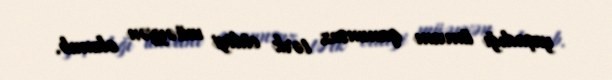
yaşadığı ünvanı qanunsuz tərk etdiyi müəyyən olunub.